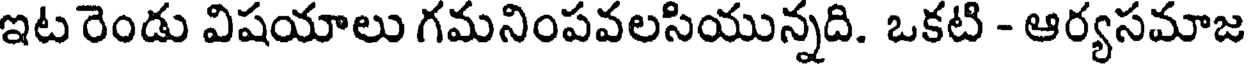
ఇట రెండు విషయాలు గమనింపవలసియున్నది. ఒకటి - ఆర్యసమాజ